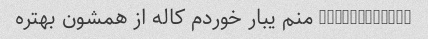
@ahoora20060 منم یبار خوردم کاله از همشون بهتره